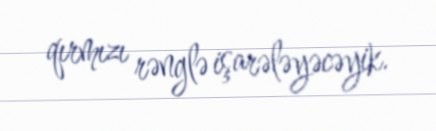
qırmızı rənglə işarələyəcəyik.